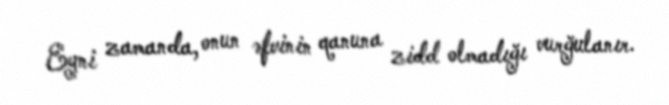
Eyni zamanda, onun əfvinin qanuna zidd olmadığı vurğulanır.